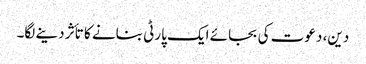
دین، دعوت کی بجائے ایک پارٹی بنانے کا تأثر دینے لگا۔